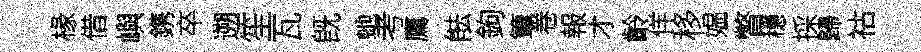
椽借嶼鎸卒遡笙瓦旣虵考鷹䏻鉤簟卷報才齡佯移媪瞥穩採歸祜